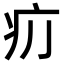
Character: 𤴮